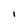
Character: I